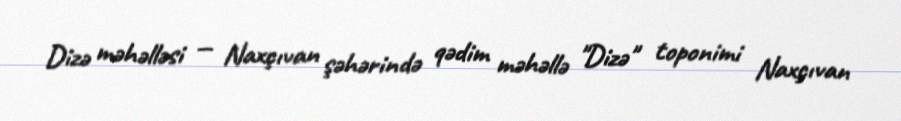
Dizə məhəlləsi — Naxçıvan şəhərində qədim məhəllə "Dizə" toponimi Naxçıvan